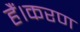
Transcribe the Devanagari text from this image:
हैं।करण